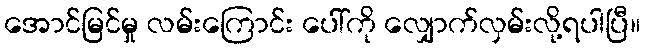
အောင်မြင်မှု လမ်းကြောင်း ပေါ်ကို လျှောက်လှမ်းလို့ရပါပြီ။